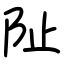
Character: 阯